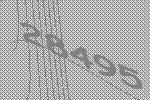
28495